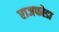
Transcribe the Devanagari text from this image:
राजफोडा